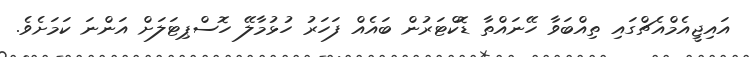
އައިޖީއެމްއެޗްގައި ތިއްބަވާ ހޭނައްތާ ޑޮކްޓަރުން ބައެއް ފަހަރު ހުޅުމާލޭ ހޮސްޕިޓަލަށް އަންނަ ކަމަށެވެ.